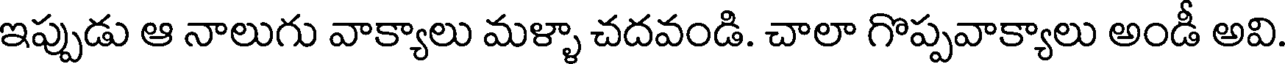
ఇప్పుడు ఆ నాలుగు వాక్యాలు మళ్ళా చదవండి. చాలా గొప్పవాక్యాలు అండీ అవి